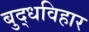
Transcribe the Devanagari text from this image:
बुद्धविहार